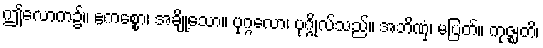
ဤလောက၌။ ဧကစ္စော၊ အချို့သော။ ပုဂ္ဂလော၊ ပုဂ္ဂိုလ်သည်။ အဘိဏှံ၊ မပြတ်။ ကုဇ္ဈတိ၊